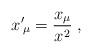
LaTeX: \begin{align*}x'{}_{\!\mu} = \frac{x_{\mu}}{ x^2} \; \mbox{,} \;\end{align*}